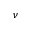
\nu